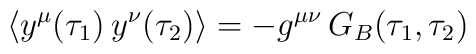
\langle y^\mu(\tau_1) \, y^\nu(\tau_2)\rangle = -g^{\mu\nu} \, G_B(\tau_1,\tau_2)